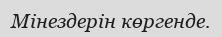
Мінездерін көргенде.